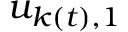
u _ { k ( t ) , 1 }